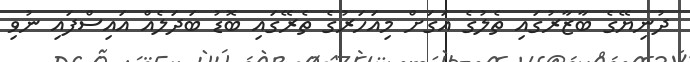
ދުނިޔޭގެ ބާޒާރުގައި ތެލުގެ އަގަށް މިއަހަރުގެ ތެރޭގައި ބޮޑު ބަދަލެއް އައިސްފައި ނުވި